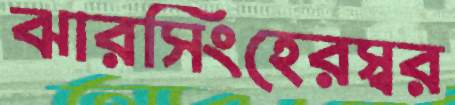
ঝারসিংহেরস্বর